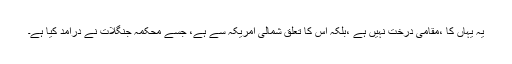
یہ یہاں کا ،مقامی درخت نہیں ہے ،بلکہ اس کا تعلق شمالی امریکہ سے ہے، جسے محکمہ جنگلات نے درآمد کیا ہے۔